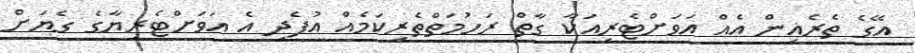
އޭގެ ތެރެއިން އެއް އަވަށްޓެރިއަކާ ގާތް ރަހުމަތްތެރިކަމެއް އުފެދި އެ އަވަށްޓެރިޔާގެ ގެޔަށް